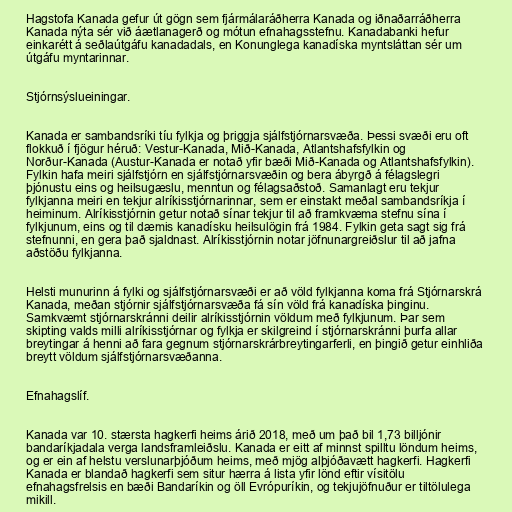
Hagstofa Kanada gefur út gögn sem fjármálaráðherra Kanada og iðnaðarráðherra
Kanada nýta sér við áætlanagerð og mótun efnahagsstefnu. Kanadabanki hefur
einkarétt á seðlaútgáfu kanadadals, en Konunglega kanadíska myntsláttan sér um
útgáfu myntarinnar.

Stjórnsýslueiningar.

Kanada er sambandsríki tíu fylkja og þriggja sjálfstjórnarsvæða. Þessi svæði eru oft
flokkuð í fjögur héruð: Vestur-Kanada, Mið-Kanada, Atlantshafsfylkin og
Norður-Kanada (Austur-Kanada er notað yfir bæði Mið-Kanada og Atlantshafsfylkin).
Fylkin hafa meiri sjálfstjórn en sjálfstjórnarsvæðin og bera ábyrgð á félagslegri
þjónustu eins og heilsugæslu, menntun og félagsaðstoð. Samanlagt eru tekjur
fylkjanna meiri en tekjur alríkisstjórnarinnar, sem er einstakt meðal sambandsríkja í
heiminum. Alríkisstjórnin getur notað sínar tekjur til að framkvæma stefnu sína í
fylkjunum, eins og til dæmis kanadísku heilsulögin frá 1984. Fylkin geta sagt sig frá
stefnunni, en gera það sjaldnast. Alríkisstjórnin notar jöfnunargreiðslur til að jafna
aðstöðu fylkjanna.

Helsti munurinn á fylki og sjálfstjórnarsvæði er að völd fylkjanna koma frá Stjórnarskrá
Kanada, meðan stjórnir sjálfstjórnarsvæða fá sín völd frá kanadíska þinginu.
Samkvæmt stjórnarskránni deilir alríkisstjórnin völdum með fylkjunum. Þar sem
skipting valds milli alríkisstjórnar og fylkja er skilgreind í stjórnarskránni þurfa allar
breytingar á henni að fara gegnum stjórnarskrárbreytingarferli, en þingið getur einhliða
breytt völdum sjálfstjórnarsvæðanna.

Efnahagslíf.

Kanada var 10. stærsta hagkerfi heims árið 2018, með um það bil 1,73 billjónir
bandaríkjadala verga landsframleiðslu. Kanada er eitt af minnst spilltu löndum heims,
og er ein af helstu verslunarþjóðum heims, með mjög alþjóðavætt hagkerfi. Hagkerfi
Kanada er blandað hagkerfi sem situr hærra á lista yfir lönd eftir vísitölu
efnahagsfrelsis en bæði Bandaríkin og öll Evrópuríkin, og tekjujöfnuður er tiltölulega
mikill.